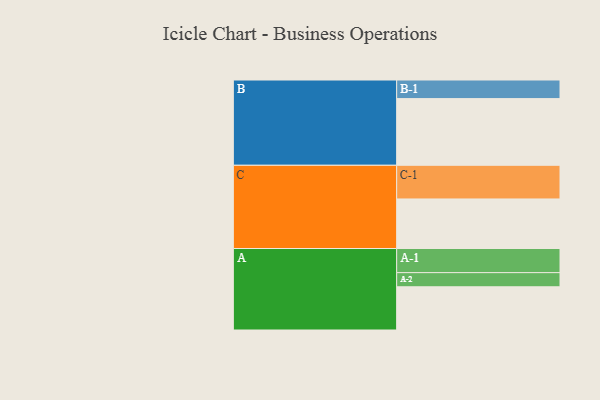
{"axis": {"x": "Segment", "y": "Value"}, "legend": ["", "A", "B", "C"], "data": [{"x": "A", "y": 376, "type": ""}, {"x": "B", "y": 580, "type": ""}, {"x": "C", "y": 431, "type": ""}, {"x": "A-1", "y": 210, "type": "A"}, {"x": "A-2", "y": 123, "type": "A"}, {"x": "B-1", "y": 162, "type": "B"}, {"x": "C-1", "y": 293, "type": "C"}]}